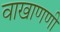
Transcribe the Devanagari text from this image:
वाखाणणी